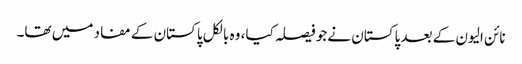
نائن الیون کے بعد پاکستان نےجو فیصلہ کیا، وہ بالکل پاکستان کے مفاد میں تھا۔